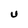
Character: U